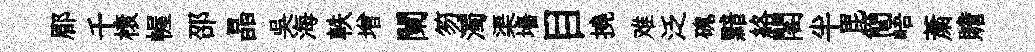
郿千榱幄邵晶吴海軼增闌笏濁渠墻目撓难泛磈黯絡閣半毘簡峿䔥贍